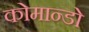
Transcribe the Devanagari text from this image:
कोमान्डो